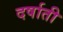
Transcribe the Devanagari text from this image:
दर्षाती